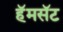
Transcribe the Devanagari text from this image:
हॅमसॅट